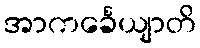
အာကင်္ခေယျာတိ